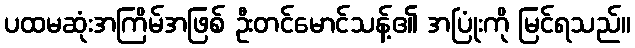
ပထမဆုံးအကြိမ်အဖြစ် ဦးတင်မောင်သန့်၏ အပြုံးကို မြင်ရသည်။